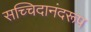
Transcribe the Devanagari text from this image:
सच्चिदानंदरूप